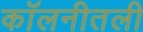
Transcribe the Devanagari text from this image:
कॉलनीतली